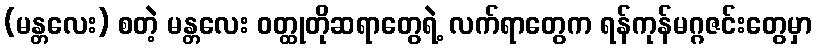
(မန္တလေး) စတဲ့ မန္တလေး ဝတ္ထုတိုဆရာတွေရဲ့ လက်ရာတွေက ရန်ကုန်မဂ္ဂဇင်းတွေမှာ